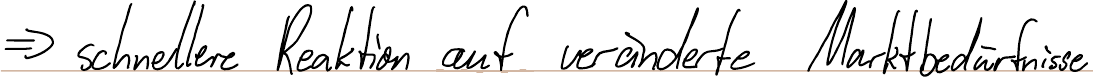
=> schnellere Reaktion auf veränderte Marktbedürfnisse